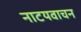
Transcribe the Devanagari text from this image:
नाटयवाचन